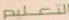
التعليم